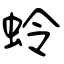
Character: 蛉